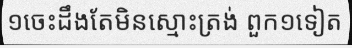
១ចេះដឹងតែមិនស្មោះត្រង់ ពួក១ទៀត